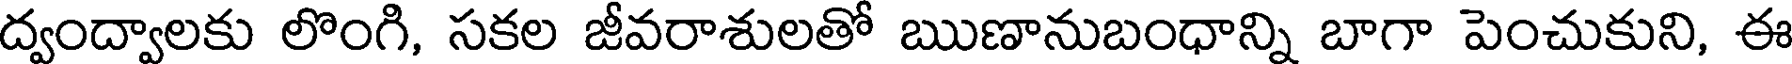
ద్వంద్వాలకు లొంగి, సకల జీవరాశులతో ఋణానుబంధాన్ని బాగా పెంచుకుని, ఈ